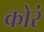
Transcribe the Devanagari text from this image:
कोरं